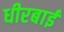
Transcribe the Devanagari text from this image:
धीरबाई